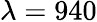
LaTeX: \lambda=940